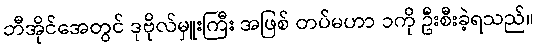
ဘီအိုင်အေတွင် ဒုဗိုလ်မှူးကြီး အဖြစ် တပ်မဟာ ၁ကို ဦးစီးခဲ့ရသည်။